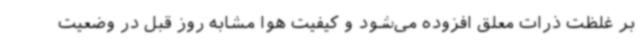
بر غلظت ذرات معلق افزوده می‌شود و کیفیت هوا مشابه روز قبل در وضعیت